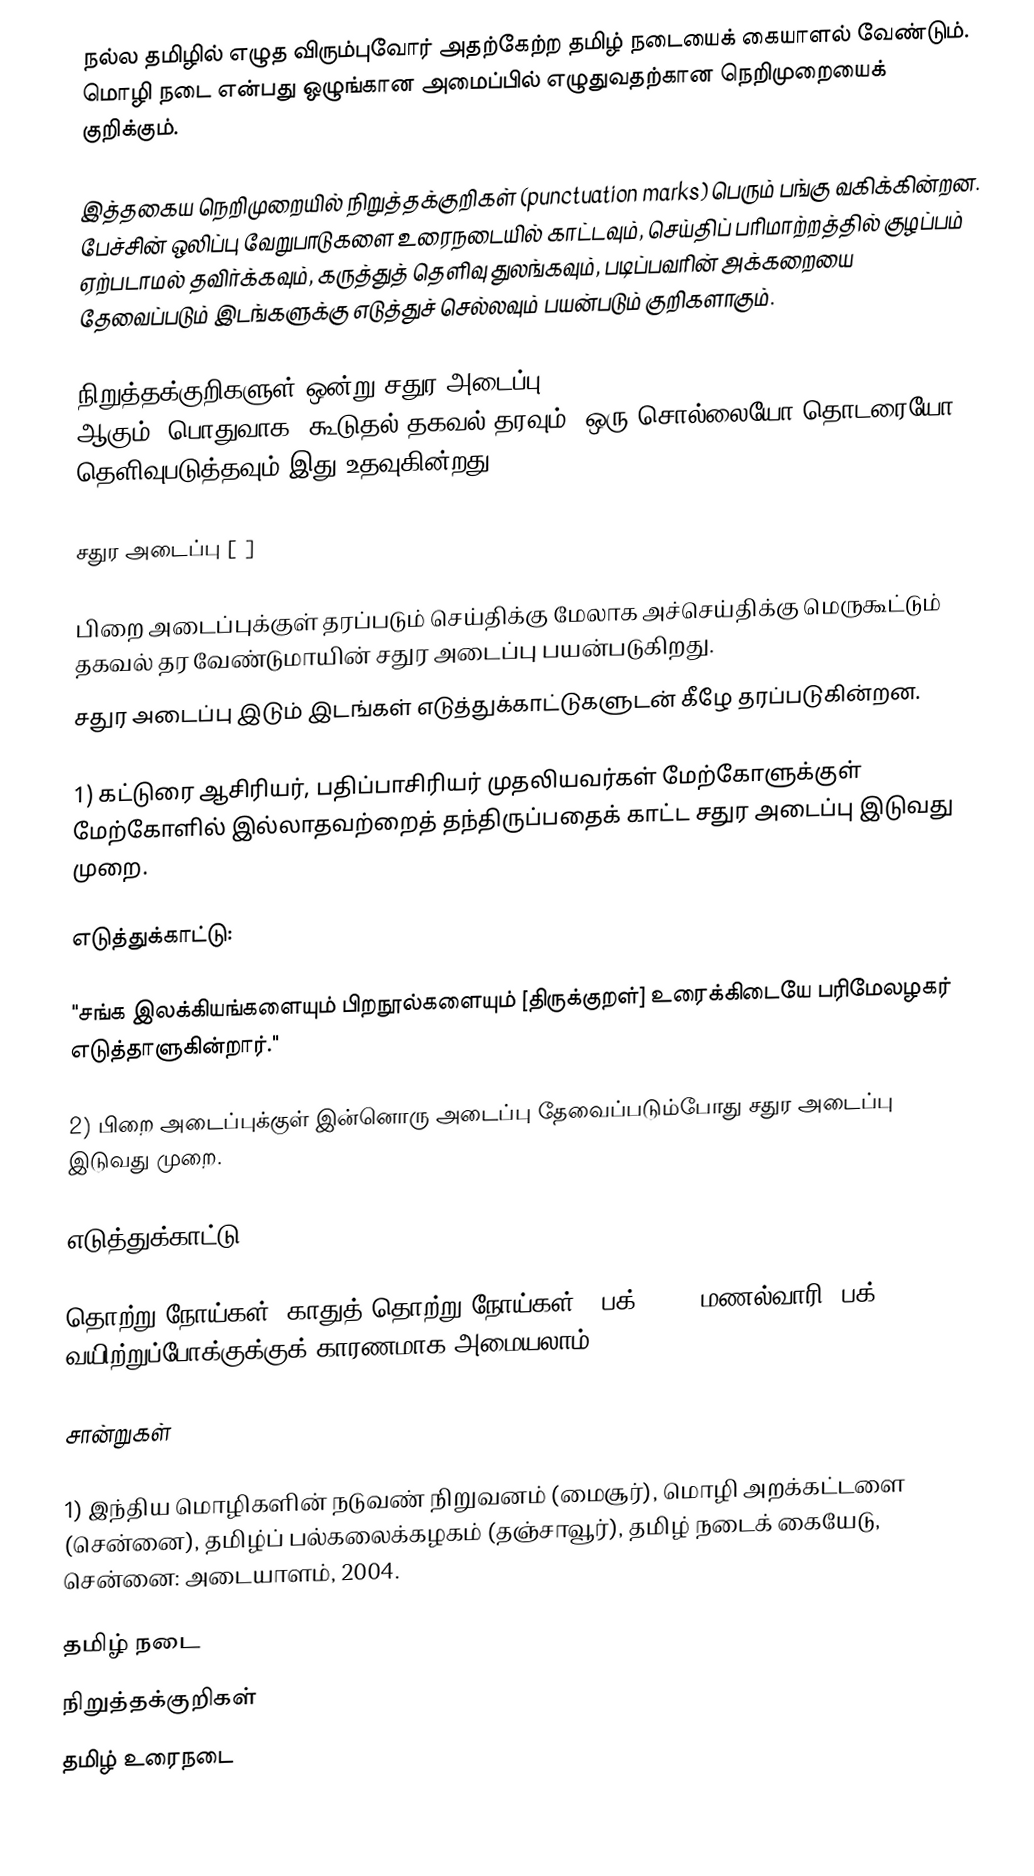
நல்ல தமிழில் எழுத விரும்புவோர் அதற்கேற்ற தமிழ் நடையைக் கையாளல் வேண்டும். மொழி நடை என்பது ஒழுங்கான அமைப்பில் எழுதுவதற்கான நெறிமுறையைக் குறிக்கும்.

இத்தகைய நெறிமுறையில்  நிறுத்தக்குறிகள் (punctuation marks) பெரும் பங்கு வகிக்கின்றன. பேச்சின் ஒலிப்பு வேறுபாடுகளை உரைநடையில் காட்டவும், செய்திப் பரிமாற்றத்தில் குழப்பம் ஏற்படாமல் தவிர்க்கவும், கருத்துத் தெளிவு துலங்கவும், படிப்பவரின் அக்கறையை தேவைப்படும் இடங்களுக்கு எடுத்துச் செல்லவும் பயன்படும் குறிகளாகும்.

நிறுத்தக்குறிகளுள் ஒன்று சதுர அடைப்பு = Square brackets; brackets (US)- [ ] ஆகும். பொதுவாக, கூடுதல் தகவல் தரவும், ஒரு சொல்லையோ தொடரையோ தெளிவுபடுத்தவும் இது  உதவுகின்றது.

சதுர அடைப்பு [ ]

பிறை அடைப்புக்குள் தரப்படும் செய்திக்கு மேலாக அச்செய்திக்கு மெருகூட்டும் தகவல் தர வேண்டுமாயின் சதுர அடைப்பு பயன்படுகிறது.
சதுர அடைப்பு இடும் இடங்கள் எடுத்துக்காட்டுகளுடன் கீழே தரப்படுகின்றன.

1) கட்டுரை ஆசிரியர், பதிப்பாசிரியர் முதலியவர்கள் மேற்கோளுக்குள் மேற்கோளில் இல்லாதவற்றைத் தந்திருப்பதைக் காட்ட சதுர அடைப்பு இடுவது முறை.

எடுத்துக்காட்டு:

"சங்க இலக்கியங்களையும் பிறநூல்களையும் [திருக்குறள்] உரைக்கிடையே பரிமேலழகர் எடுத்தாளுகின்றார்."

2) பிறை அடைப்புக்குள் இன்னொரு அடைப்பு தேவைப்படும்போது சதுர அடைப்பு இடுவது முறை.

எடுத்துக்காட்டு:

தொற்று நோய்கள் (காதுத் தொற்று நோய்கள் [ பக். 31], மணல்வாரி [பக். 50]) வயிற்றுப்போக்குக்குக் காரணமாக அமையலாம்.

சான்றுகள்

1) இந்திய மொழிகளின் நடுவண் நிறுவனம் (மைசூர்), மொழி அறக்கட்டளை (சென்னை), தமிழ்ப் பல்கலைக்கழகம் (தஞ்சாவூர்), தமிழ் நடைக் கையேடு, சென்னை: அடையாளம், 2004.

தமிழ் நடை
நிறுத்தக்குறிகள்
தமிழ் உரைநடை